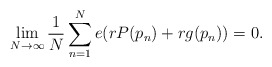
\begin{align*}\lim_{N \rightarrow \infty} \frac{1}{N} \sum_{n=1}^N e(rP(p_n) + rg(p_n))=0.\end{align*}